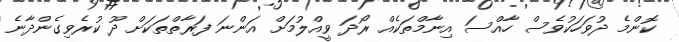
ކޮންމެ ދުވަހަކުވެސް ހާއްސަ އިނާމްތަކެއް ރޯދަ ވީއްލުމަށް އަންނަ ފަރާތްތަކަށް ދޫ ކުރެވިގެންދާނެ